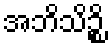
အဘိသိဉ္စိ